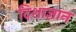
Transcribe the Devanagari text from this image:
दिशाज्ञान